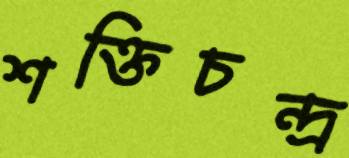
শক্তিচন্দ্র